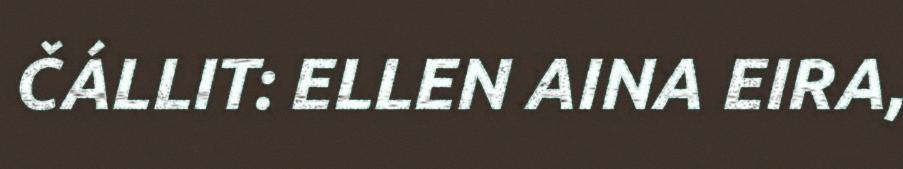
ČÁLLIT: ELLEN AINA EIRA,